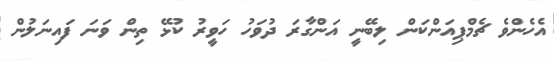
އެހެންވެ ޗެމްޕިއަންކަން ލިބޭނީ އަންގާރަ ދުވަހު ހަވީރު ކުޅޭ ތިން ވަނަ ފައިނަލުން